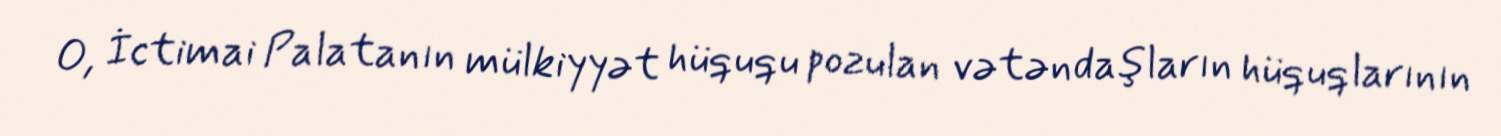
O, İctimai Palatanın mülkiyyət hüququ pozulan vətəndaşların hüquqlarının